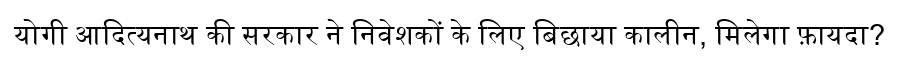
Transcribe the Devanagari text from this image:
योगी आदित्यनाथ की सरकार ने निवेशकों के लिए बिछाया कालीन, मिलेगा फ़ायदा?